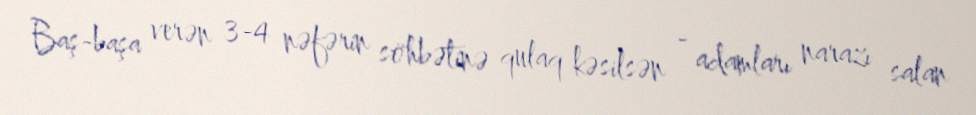
Baş-başa verən 3-4 nəfərin söhbətinə qulaq kəsilsən - adamları narazı salan